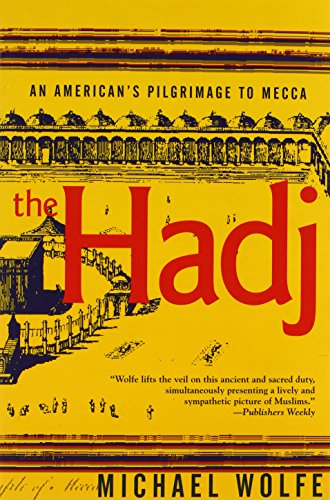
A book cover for The Hadj: An American's Pilgrimage to Mecca; Michael Wolfe; Religion & Spirituality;